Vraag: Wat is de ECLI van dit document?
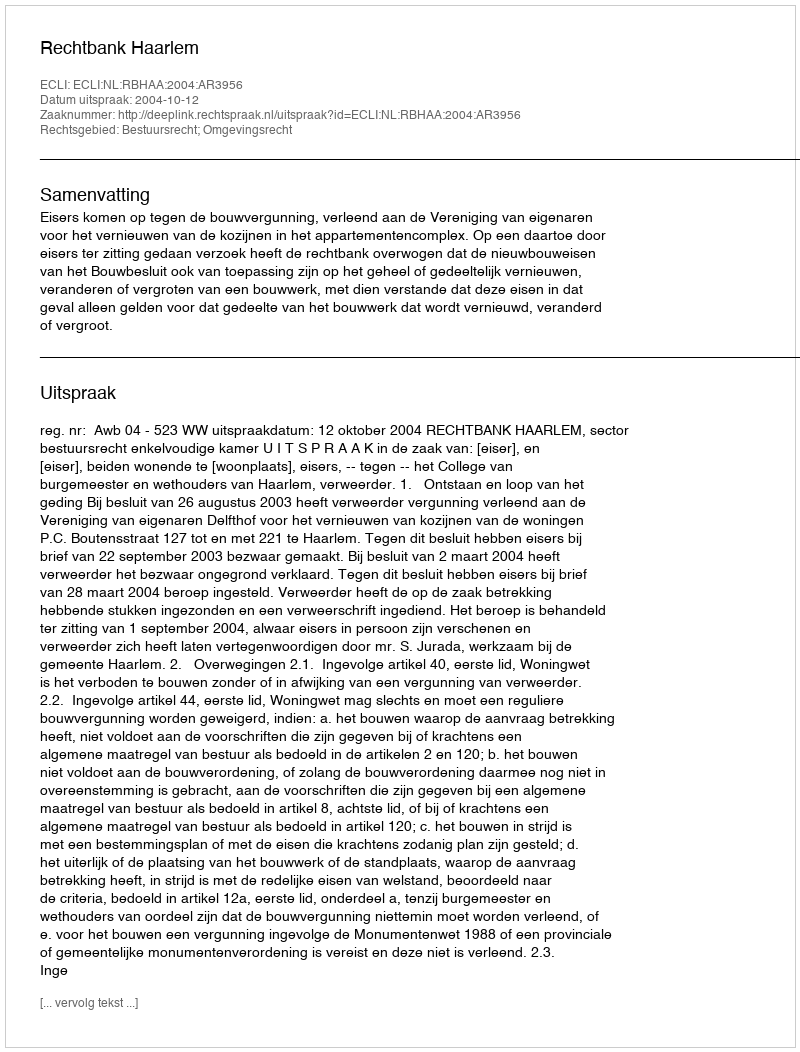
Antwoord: ECLI:NL:RBHAA:2004:AR3956